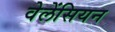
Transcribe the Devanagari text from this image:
वेलेंसियन